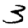
Digit: 3